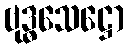
ဗုဒ္ဓသေဋ္ဌော